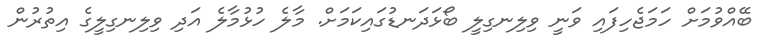
ބޭއްވުމަށް ހަމަޖެހިފައި ވަނީ ވިލިނގިލީ ބޯޅަދަނޑުގައިކަމަށް. މާލެ ހުޅުމާލެ އަދި ވިލިނގިލީގެ އިތުރުން